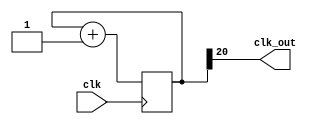
`timescale 1ns / 1ps
module clkdiv(clk, clk_out);
input clk;
output clk_out;

reg [20:0] COUNT;
assign clk_out = COUNT[20];

always @(posedge clk)
begin
	COUNT = COUNT + 1;
end
endmodule